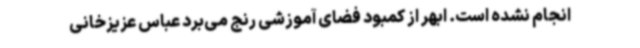
انجام نشده است. ابهر از کمبود فضای آموزشی رنج می‌برد عباس عزیزخانی